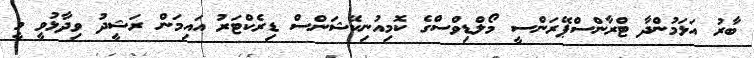
ބާރު އަޅަމުންދާ ޓްރާންސްޕޭރަންސީ މޯލްޑިވްސްގެ ކޮމިއުނިކޭޝަންސް ޑިރެކްޓަރު އައިމަން ރަޝީދު ވިދާޅުވީ މީ